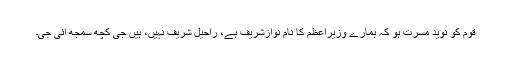
قوم کو نوید مسرت ہو کہ ہمارے وزیراعظم کا نام نوازشریف ہے، راحیل شریف نہیں، ہیں جی کچھ سمجھ آئی جی۔